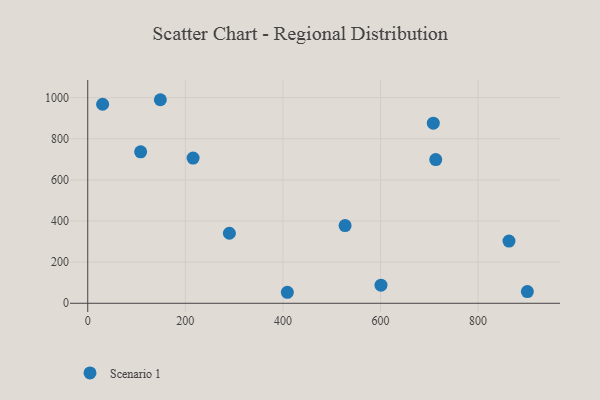
{"axis": {"x": "Investment", "y": "Yield"}, "legend": ["Scenario 1"], "data": [{"x": "863.3", "y": 302.3, "type": "Scenario 1"}, {"x": "527.4", "y": 377.8, "type": "Scenario 1"}, {"x": "713.2", "y": 698.6, "type": "Scenario 1"}, {"x": "290.3", "y": 340.6, "type": "Scenario 1"}, {"x": "215.9", "y": 706.1, "type": "Scenario 1"}, {"x": "901.0", "y": 57.0, "type": "Scenario 1"}, {"x": "708.2", "y": 875.8, "type": "Scenario 1"}, {"x": "601.0", "y": 88.2, "type": "Scenario 1"}, {"x": "108.4", "y": 736.3, "type": "Scenario 1"}, {"x": "409.1", "y": 53.5, "type": "Scenario 1"}, {"x": "30.5", "y": 967.8, "type": "Scenario 1"}, {"x": "148.8", "y": 989.9, "type": "Scenario 1"}]}